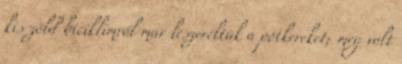
kis zöld biciklimről már leszereltük a pótkereket; meg volt